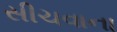
સીચવાના